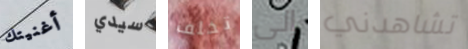
أغنيتك سيدي تخلف إلى تشاهدني